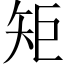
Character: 矩